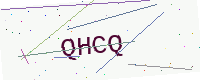
Text: QHCQ